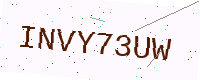
Text: INVY73UW